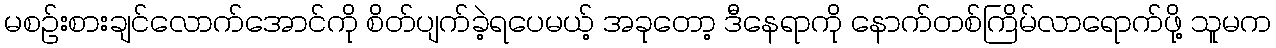
မစဉ်းစားချင်လောက်အောင်ကို စိတ်ပျက်ခဲ့ရပေမယ့် အခုတော့ ဒီနေရာကို နောက်တစ်ကြိမ်လာရောက်ဖို့ သူမက